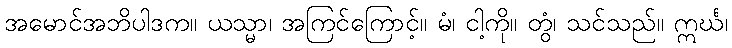
အမောင်အဘိပါဒက။ ယသ္မာ၊ အကြင်ကြောင့်။ မံ၊ ငါ့ကို။ တွံ၊ သင်သည်။ ဣင်္ဃ၊